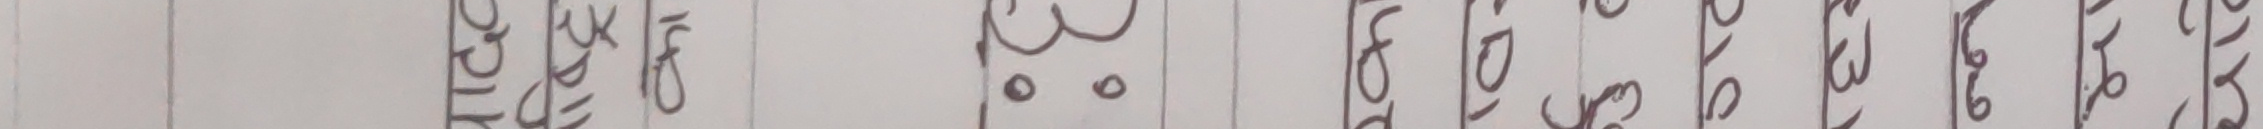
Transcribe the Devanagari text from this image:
२९५७० ३८०० १०११७० ६३५२ १६२३ ५६१३